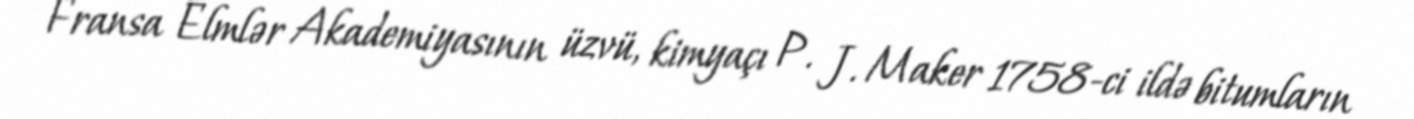
Fransa Elmlər Akademiyasının üzvü, kimyaçı P. J. Maker 1758-ci ildə bitumların